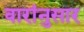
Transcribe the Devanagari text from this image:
वारांनुसार